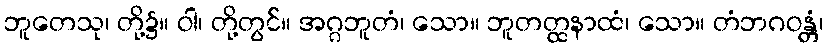
ဘူတေသု၊ တို့၌။ ဝါ၊ တို့တွင်။ အဂ္ဂဘူတံ၊ သော။ ဘူတတ္ထနာထံ၊ သော။ တံဘဂဝန္တံ၊